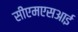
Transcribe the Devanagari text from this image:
सीएमएसआई